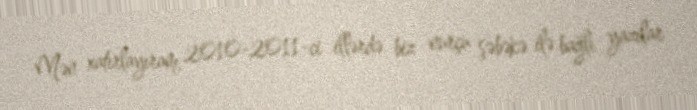
Mən xatırlayıram, 2010-2011-ci illərdə biz nurçu şəbəkə ilə bağlı yazılar